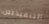
التنفيذيين